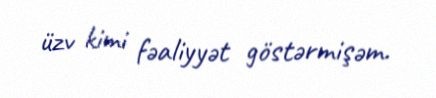
üzv kimi fəaliyyət göstərmişəm.